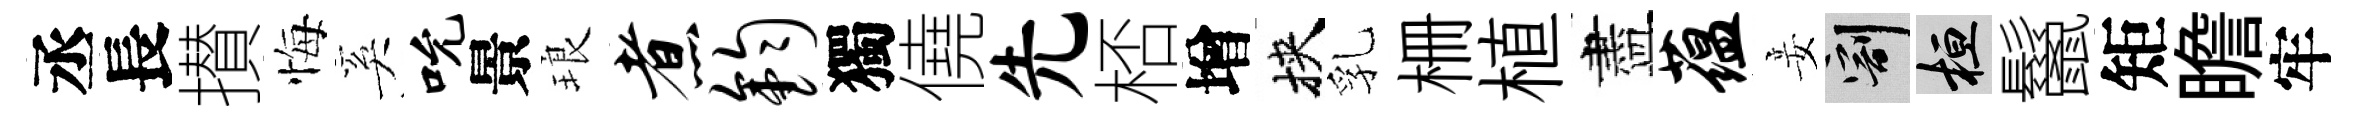
丞長攅悔奚吮景琅煮钧獨僥先桮增挾乳栅植盡蕴妾割桓鬣矩瞻牢